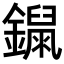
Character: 𨭾